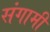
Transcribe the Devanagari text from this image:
संगामी